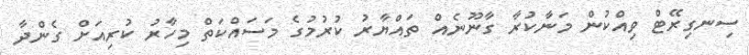
ސިނގިރޭޓް ވިއްކުން މަނާކުރާ ގާނޫނެއް ތައްޔާރު ކުރުމުގެ މަސައްކަތް މިހާރު ކުރިއަށް ގެންދާ